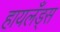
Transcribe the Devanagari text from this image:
हायलँड्स